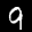
Label: 9